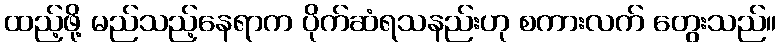
ထည့်ဖို့ မည်သည့်နေရာက ပိုက်ဆံရသနည်းဟု စကားလက် တွေးသည်။